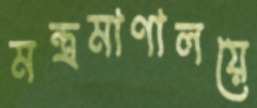
মন্ত্রমাণালয়ে